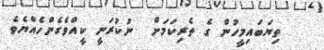
ތިޔަބައިމީހުން ގެ ތެރިކަމަށް  ނުކުރަނީ ކީއްވެގެންހެއްޔެވެ